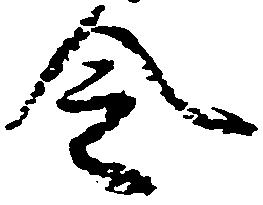
令